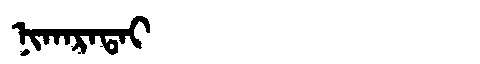
Manchu: ᠨᡳᡴᠠᡵᠠᡨᠠᡳ
Romanization: NIKARATAI